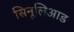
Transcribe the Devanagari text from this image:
सिनूलिआड